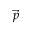
\vec { p }